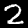
Label: 2